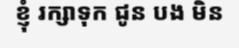
ខ្ញុំ រក្សាទុក ជូន បង មិន